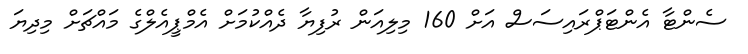
ސެންޓާ އެންޓަޕްރައިސަސް އަށް 160 މިލިއަން ރުފިޔާ ދެއްކުމަށް އެމްޕީއެލްގެ މައްޗަށް މިދިޔަ